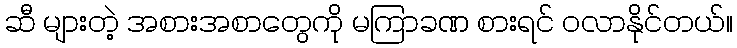
ဆီ များတဲ့ အစားအစာတွေကို မကြာခဏ စားရင် ဝလာနိုင်တယ်။